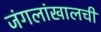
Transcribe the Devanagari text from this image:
जंगलांखालची